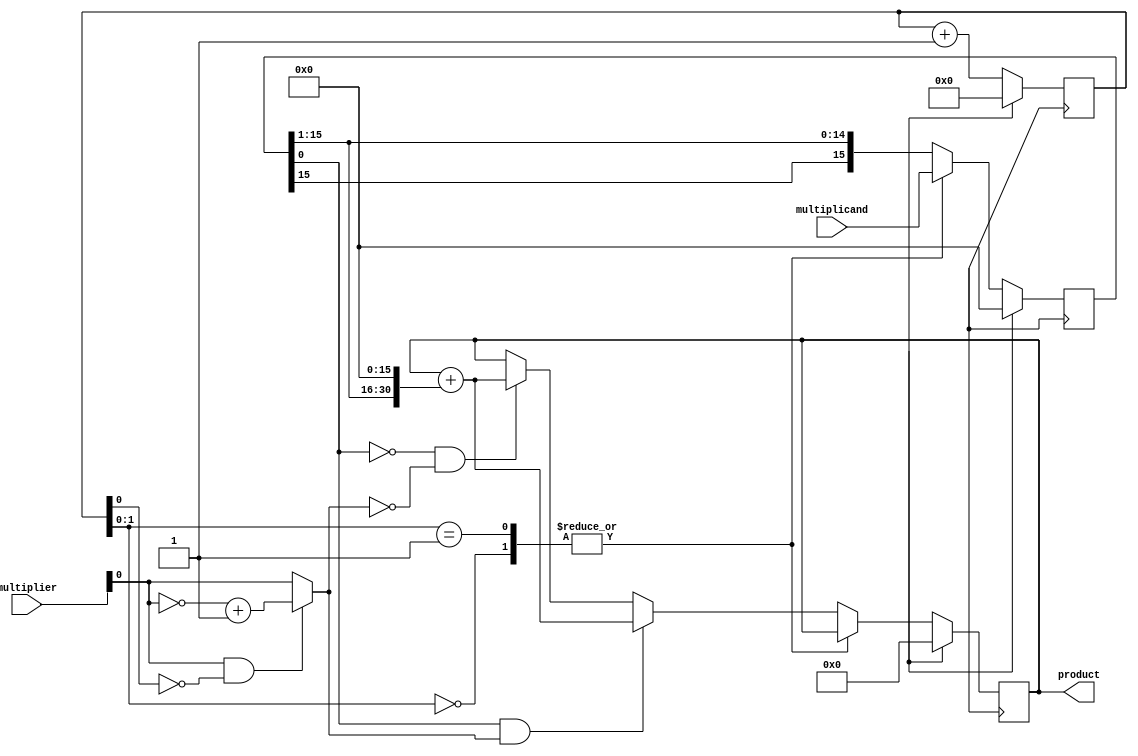
module booth_multiplier(
  input [15:0] multiplicand,
  input [15:0] multiplier,
  output reg [31:0] product
);

reg [15:0] m;
reg [15:0] a;
reg [4:0] count;

always @(*) begin
  if (multiplier[0] & !count[0]) begin
    m = ~multiplier + 1;
  end else begin
    m = multiplier;
  end
end

always @(posedge clock) begin
  if (reset) begin
    a <= 16'd0;
    count <= 5'd0;
    product <= 32'd0;
  end else begin
    case(count[1:0])
      2'd0: begin
        a <= {16'd0, multiplicand};
      end
      2'd1: begin
        a <= {16'd0, multiplicand};
        product <= product;
      end
      default: begin
        if (a[0] & m[0]) begin
          product <= product + {a[15:1],16'd0};
        end else if (!a[0] & !m[0]) begin
          product <= product + {a[15:1],16'd0};
        end
        a <= {a[15],a[15:1]};
      end     
    endcase
    count <= count + 1;
  end
end

endmodule